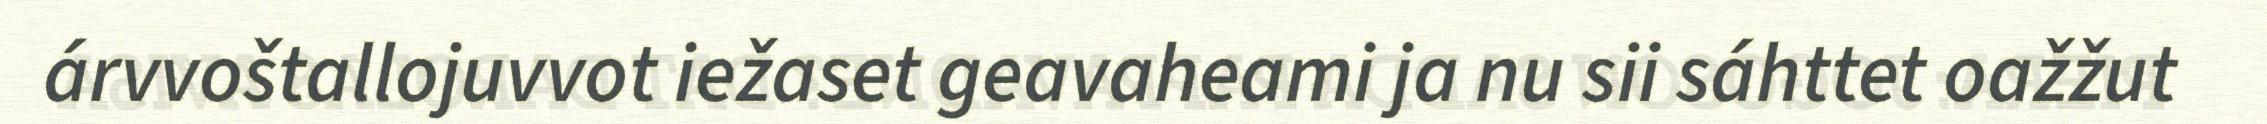
árvvoštallojuvvot iežaset geavaheami ja nu sii sáhttet oažžut